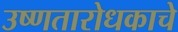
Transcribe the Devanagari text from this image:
उष्णतारोधकाचे